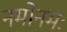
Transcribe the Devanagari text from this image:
नमोनमः